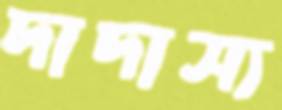
দাদাস্য